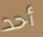
أحد